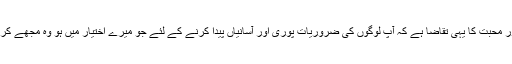
انسانیت اور محبت کا یہی تقاضا ہے کہ آپ لوگوں کی ضروریات پوری اور آسانیاں پیدا کرنے کے لئے جو میرے اختیار میں ہو وہ مجھے کرنا چاہیئے۔